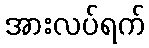
အားလပ်ရက်